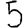
Digit: 5